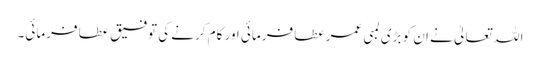
اللہ تعالیٰ نے ان کو بڑی لمبی عمر عطا فرمائی اور کام کرنے کی توفیق عطا فرمائی۔